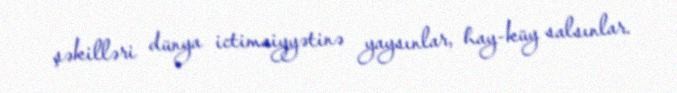
şəkilləri dünya ictimaiyyətinə yaysınlar, hay-küy salsınlar.